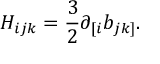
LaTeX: H _ { i j k } = \frac { 3 } { 2 } \partial _ { [ i } b _ { j k ] } .